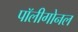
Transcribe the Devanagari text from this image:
पॉलीगोनल